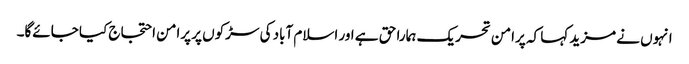
انہوں نے مزید کہا کہ پرامن تحریک ہمارا حق ہے اور اسلام آباد کی سڑکوں پر پرامن احتجاج کیا جائےگا۔